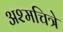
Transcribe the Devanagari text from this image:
अश्मचित्रे